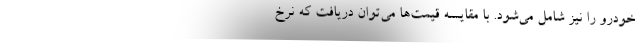
خودرو را نیز شامل می‌شود. با مقایسه قیمت‌ها می‌توان دریافت که نرخ